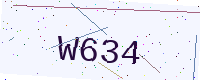
Text: W634